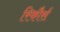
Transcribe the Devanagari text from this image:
रिकौर्स